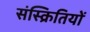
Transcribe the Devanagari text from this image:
संस्क्रितियों